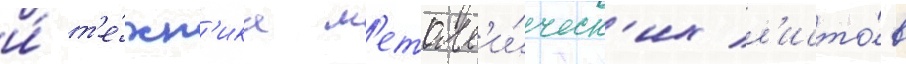
и́ т'е́хн'ика м'еталл'и́ческ'их л'исто́в